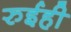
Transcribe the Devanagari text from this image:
रुईही